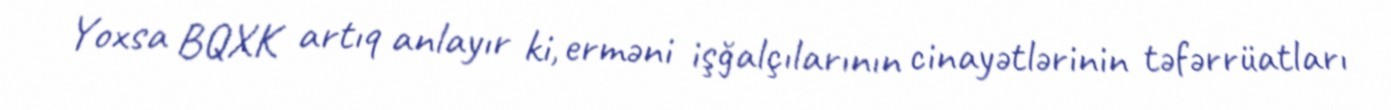
Yoxsa BQXK artıq anlayır ki, erməni işğalçılarının cinayətlərinin təfərrüatları